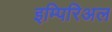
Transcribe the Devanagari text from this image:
इम्पिरिअल